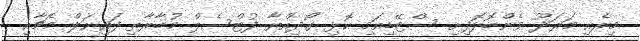
މިރެއި މަރަދޫ ވެންބޮޅޮފިށި ސްޓޭޑިއަމި ކޮޅި ގޯދިއްޔާ ފުޓްސެލް މުބާރާތި ފައިނަލް މެޗާއި